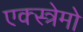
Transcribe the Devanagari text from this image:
एक्स्त्रेमो